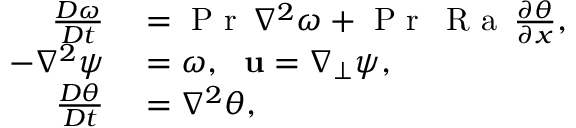
\begin{array} { r l } { \frac { D \omega } { D t } } & { { } = \mathrm { ~ P ~ r ~ } { } \, \nabla ^ { 2 } \omega + \mathrm { ~ P ~ r ~ } { } \, \mathrm { ~ R ~ a ~ } { } \, \frac { \partial \theta } { \partial x } , } \\ { - \nabla ^ { 2 } \psi } & { { } = \omega , \ \ \mathbf { u } = \nabla _ { \perp } \psi , } \\ { \frac { D \theta } { D t } } & { { } = \nabla ^ { 2 } \theta , } \end{array}